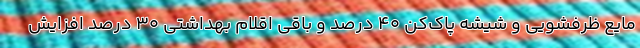
مایع ظرفشویی و شیشه پاک‌کن 40 درصد و باقی اقلام بهداشتی 30 درصد افزایش